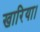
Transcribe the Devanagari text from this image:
खारिया।